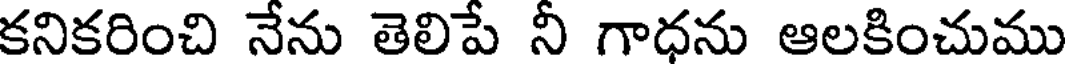
కనికరించి నేను తెలిపే నీ గాధను ఆలకించుము